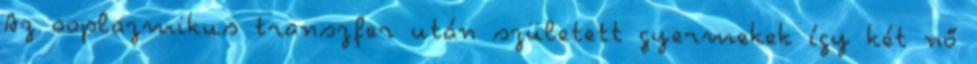
Az ooplazmikus transzfer után született gyermekek így két nő